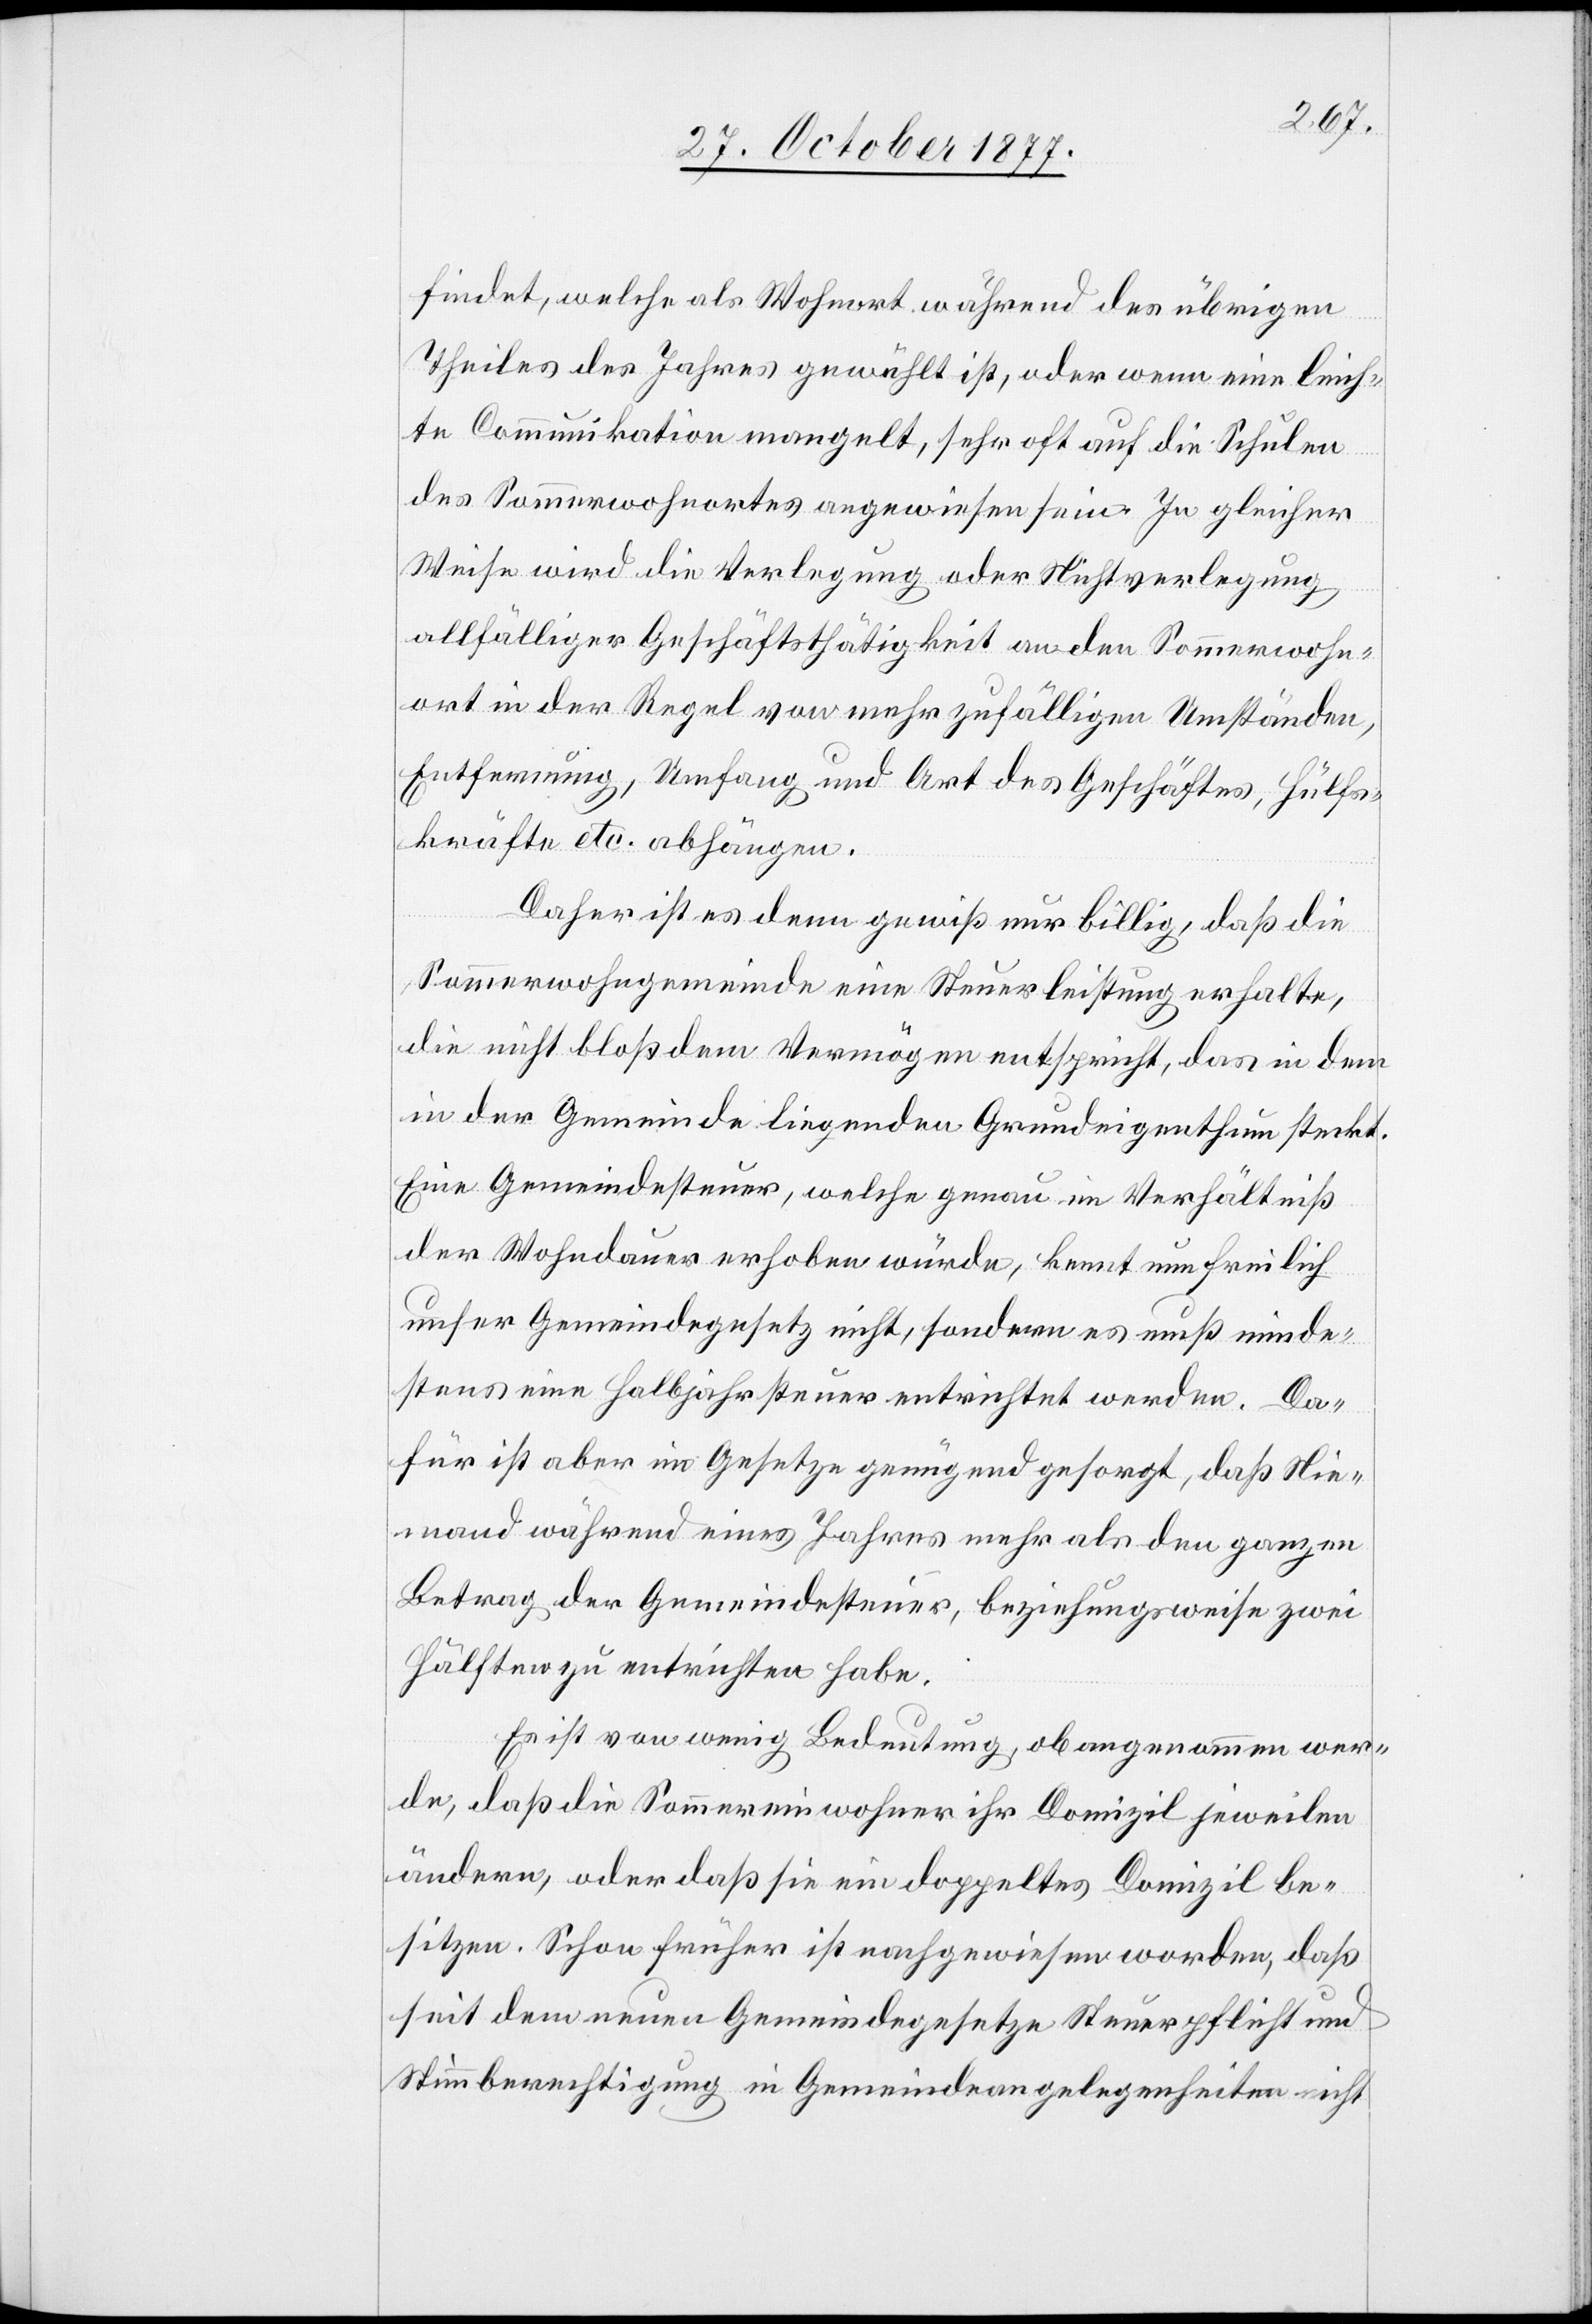
findet, welche als Wohnort während des übrigen
Theiles des Jahres gewählt ist, oder wenn eine leich¬
te Communikation mangelt, sehr oft auf die Schulen
des Sommerwohnortes angewiesen sein. In gleicher
Weise wird die Verlegung oder Nichtverlegung
allfälliger Geschäftsthätigkeit an den Sommerwohn¬
ort in der Regel von mehr zufälligen Umständen,
Entfernung, Umfang und Art des Geschäftes, Hülfs¬
kräfte etc. abhängen.
Daher ist es denn gewiß nur billig, daß die
Sommerwohngemeinde eine Steuerleistung erhalte,
die nicht bloß dem Vermögen entspricht, das in dem
in der Gemeinde liegenden Grundeigenthum steckt.
Eine Gemeindesteuer, welche genau im Verhältniß
der Wohndauer erhoben würde, kennt nun freilich
unser Gemeindegesetz nicht, sondern es muß minde¬
stens eine Halbjahrsteuer entrichtet werden. Da¬
für ist aber im Gesetze genügend gesorgt, daß Nie¬
mand während eines Jahres mehr als den ganzen
Betrag der Gemeindesteuer, beziehungsweise zwei
Hälften zu entrichten habe.
Es ist von wenig Bedeutung, ob angenommen wer¬
de, daß die Sommereinwohner ihr Domizil jeweilen
ändern, oder daß sie ein doppeltes Domizil be¬
sitzen. Schon früher ist nachgewiesen worden, daß
seit dem neuen Gemeindegesetze Steuerpflicht und
Stimmberechtigung in Gemeindeangelegenheiten nicht